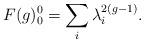
LaTeX: \begin{align*}F(g)_0^0 = \sum_i \lambda_i^{2(g-1)}.\end{align*}